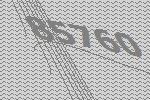
85760